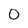
Character: O